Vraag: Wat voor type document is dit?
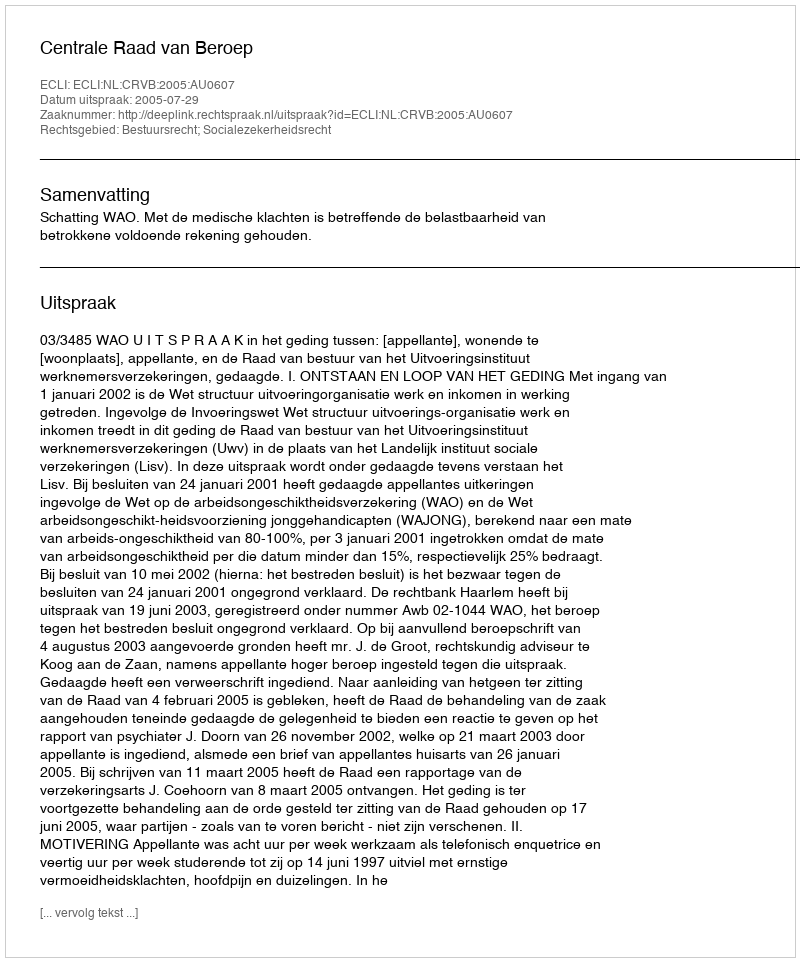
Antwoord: Uitspraak